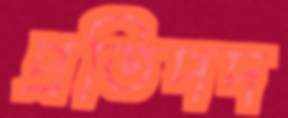
প্রতিপদ